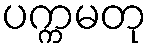
ပက္ကမတု